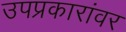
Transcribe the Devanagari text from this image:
उपप्रकारांवर